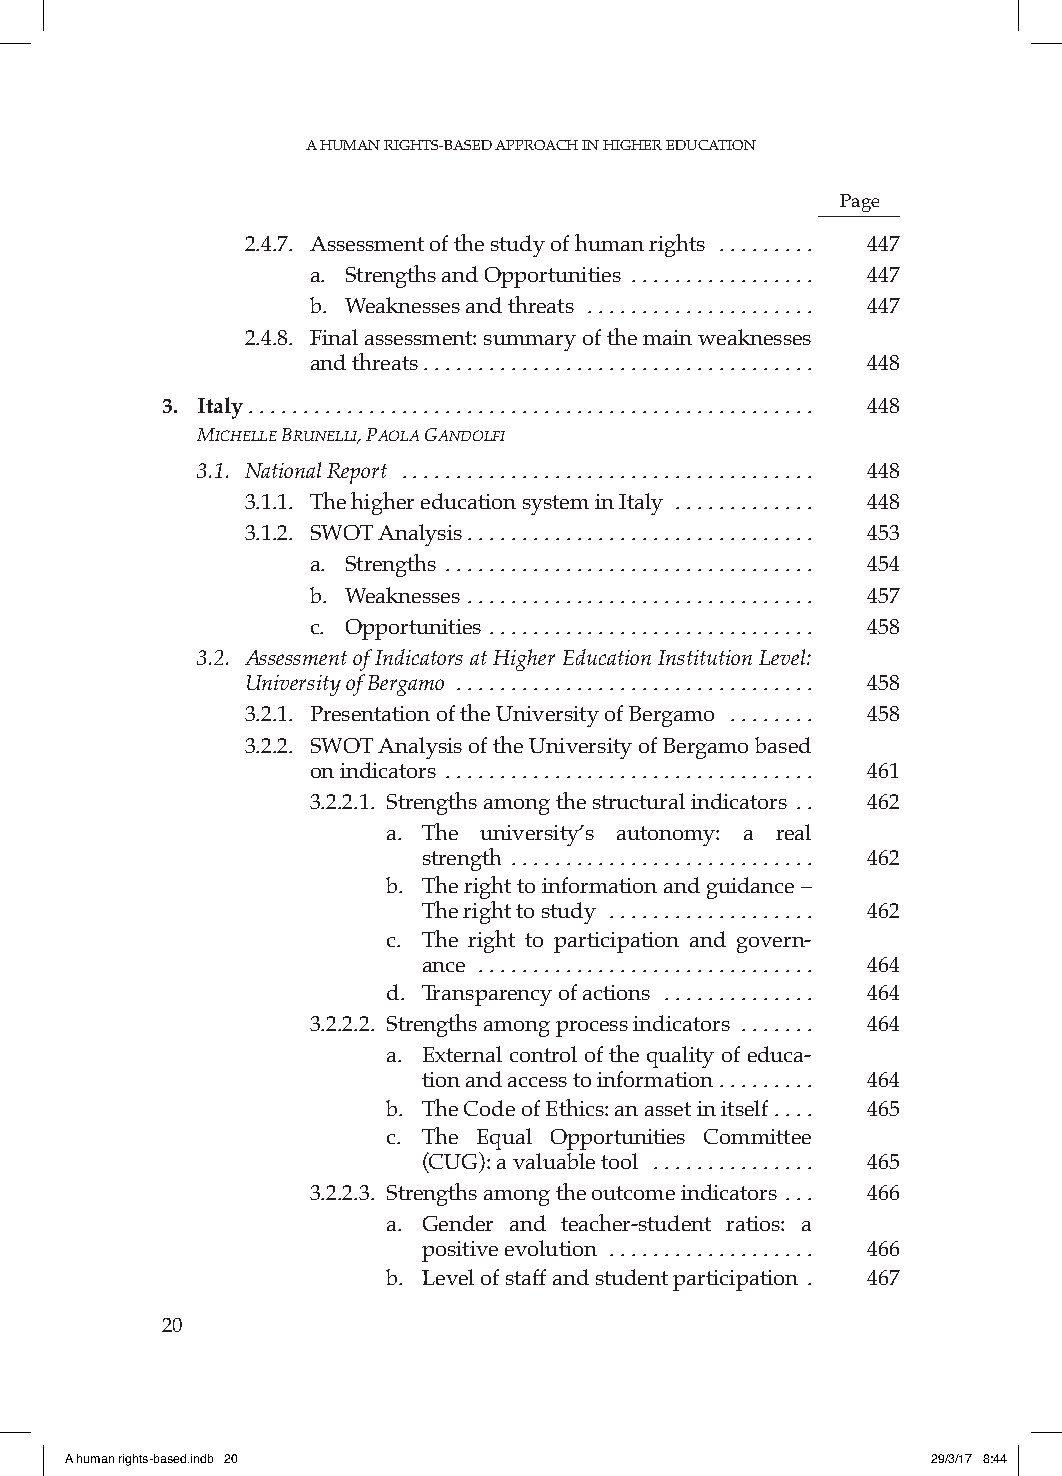
A HUMAN RIGHTS-BASED APPROACH IN HIGHER EDUCATION
 Page
 2.4.7. Assessment of the study of human rights ......... 447
 a. Strengths and Opportunities ................. 447
 b. Weaknesses and threats ..................... 447
 2.4.8. Final assessment: summary of the main weaknesses
 and threats .................................... 448
 3. Italy .................................................... 448
 MichEllE brunElli, paola ganDolFi
 3.1. National Report ...................................... 448
 3.1.1. The higher education system in Italy ............. 448
 3.1.2. SWOT Analysis ................................ 453
 a. Strengths .................................. 454
 b. Weaknesses ................................ 457
 c. Opportunities .............................. 458
 3.2. Assessment of Indicators at Higher Education Institution Level:
 University of Bergamo ................................. 458
 3.2.1. Presentation of the University of Bergamo ........ 458
 3.2.2. SWOT Analysis of the University of Bergamo based
 on indicators .................................. 461
 3.2.2.1. Strengths among the structural indicators .. 462
 a. The university’s autonomy: a real
 strength ............................ 462
 b. The right to information and guidance –
 The right to study ................... 462
 c. The right to participation and govern-
 ance ............................... 464
 d. Transparency of actions .............. 464
 3.2.2.2. Strengths among process indicators ....... 464
 a. External control of the quality of educa-
 tion and access to information ......... 464
 b. The Code of Ethics: an asset in itself .... 465
 c. The Equal Opportunities Committee
 (CUG): a valuable tool ............... 465
 3.2.2.3. Strengths among the outcome indicators ... 466
 a. Gender and teacher-student ratios: a
 positive evolution ................... 466
 b. Level of staff and student participation . 467
 20
 A human rights-based.indb 20                              29/3/17 8:44